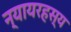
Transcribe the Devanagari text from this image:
न्यायरहस्य